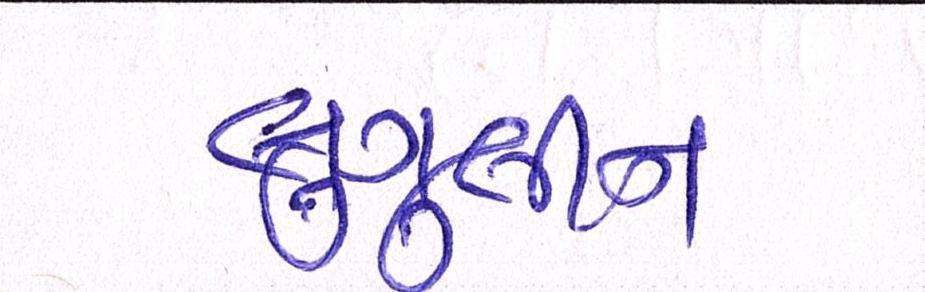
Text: લુગુલીન